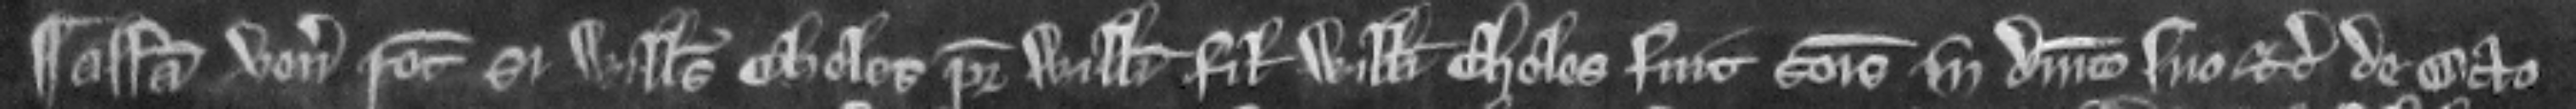
¶ Assisa venit recognitura si Willelmus Cheles pater Willelmi filii Willelmi Cheles fuit seisitus in dominico suo etc. de octo